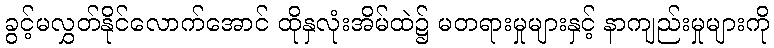
ခွင့်မလွှတ်နိုင်လောက်အောင် ထိုနှလုံးအိမ်ထဲ၌ မတရားမှုများနှင့် နာကျည်းမှုများကို